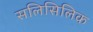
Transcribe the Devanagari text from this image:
सलिसिलिक